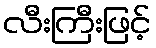
လီးကြီးဖြင့်